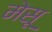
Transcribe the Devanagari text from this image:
मेसू